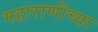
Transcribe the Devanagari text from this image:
महाराणीच्या